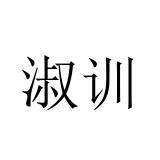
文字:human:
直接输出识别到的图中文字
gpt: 淑训